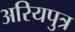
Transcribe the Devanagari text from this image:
अरियपुत्र